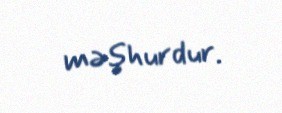
məşhurdur.